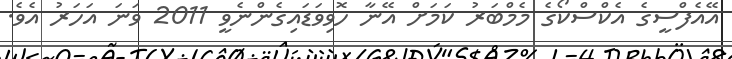
އޭއެފްސީގެ އެކްސްކޯގެ މެމްބަރު ކަމަށް އޭނާ ހޮވިވަޑައިގެންނެވީ 2011 ވަނަ އަހަރު އެވެ.